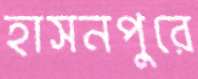
হাসনপুরে